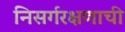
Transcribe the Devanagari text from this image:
निसर्गरक्षणाची